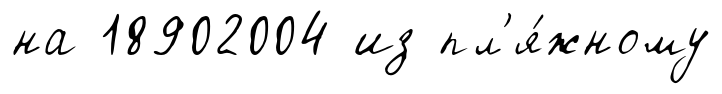
на 18902004 из пл'я́жному